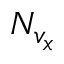
N _ { v _ { x } }